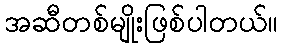
အဆီတစ်မျိုးဖြစ်ပါတယ်။